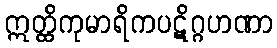
ဣတ္ထိကုမာရိကပဋိဂ္ဂဟဏာ